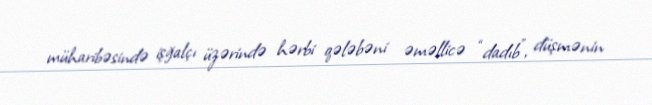
müharibəsində işğalçı üzərində hərbi qələbəni əməllicə “dadıb”, düşmənin